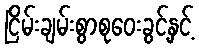
ငြိမ်းချမ်းစွာစုဝေးခွင့်နှင့်